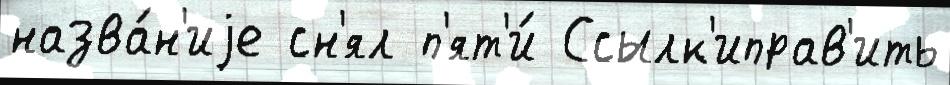
назва́н'иjе сн'ял п'ят'и́ Ссылк'иправ'ить